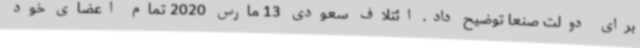
برای دولت صنعا توضیح داد. ائتلاف سعودی 13 مارس 2020 تمام اعضای خود